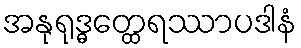
အနုရုဒ္ဓတ္ထေရဿာပဒါနံ